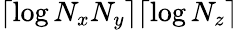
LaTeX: \lceil\log N_{x}N_{y}\rceil\lceil\log N_{z}\rceil